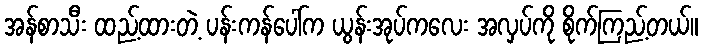
အန်စာသီး ထည့်ထားတဲ့ ပန်းကန်ပေါ်က ယွန်းအုပ်ကလေး အလှပ်ကို စိုက်ကြည့်တယ်။